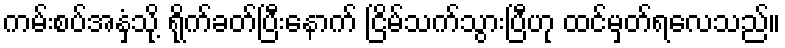
ကမ်းစပ်အနှံ့သို့ ရိုက်ခတ်ပြီးနောက် ငြိမ်သက်သွားပြီဟု ထင်မှတ်ရလေသည်။